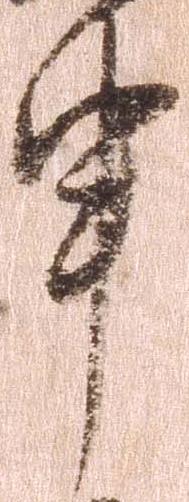
申